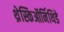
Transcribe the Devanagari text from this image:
थ्रेस्किऑर्निथिडे